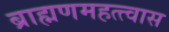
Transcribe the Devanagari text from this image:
ब्राह्मणमहत्त्वास